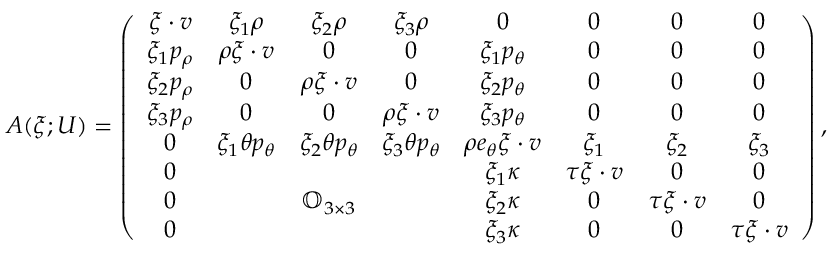
\begin{array} { r } { A ( \xi ; U ) = \left( \begin{array} { c c c c c c c c } { \xi \cdot v } & { \xi _ { 1 } \rho } & { \xi _ { 2 } \rho } & { \xi _ { 3 } \rho } & { 0 } & { 0 } & { 0 } & { 0 } \\ { \xi _ { 1 } p _ { \rho } } & { \rho \xi \cdot v } & { 0 } & { 0 } & { \xi _ { 1 } p _ { \theta } } & { 0 } & { 0 } & { 0 } \\ { \xi _ { 2 } p _ { \rho } } & { 0 } & { \rho \xi \cdot v } & { 0 } & { \xi _ { 2 } p _ { \theta } } & { 0 } & { 0 } & { 0 } \\ { \xi _ { 3 } p _ { \rho } } & { 0 } & { 0 } & { \rho \xi \cdot v } & { \xi _ { 3 } p _ { \theta } } & { 0 } & { 0 } & { 0 } \\ { 0 } & { \xi _ { 1 } \theta p _ { \theta } } & { \xi _ { 2 } \theta p _ { \theta } } & { \xi _ { 3 } \theta p _ { \theta } } & { \rho e _ { \theta } \xi \cdot v } & { \xi _ { 1 } } & { \xi _ { 2 } } & { \xi _ { 3 } } \\ { 0 } & & & & { \xi _ { 1 } \kappa } & { \tau \xi \cdot v } & { 0 } & { 0 } \\ { 0 } & & { \mathbb { O } _ { 3 \times 3 } } & & { \xi _ { 2 } \kappa } & { 0 } & { \tau \xi \cdot v } & { 0 } \\ { 0 } & & & & { \xi _ { 3 } \kappa } & { 0 } & { 0 } & { \tau \xi \cdot v } \end{array} \right) , } \end{array}